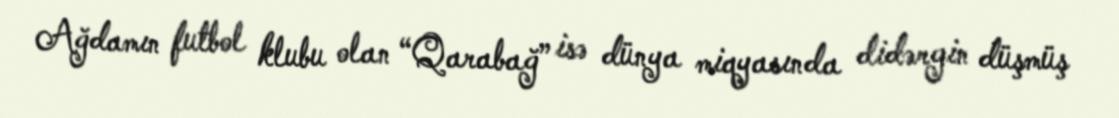
Ağdamın futbol klubu olan “Qarabağ” isə dünya miqyasında didərgin düşmüş